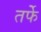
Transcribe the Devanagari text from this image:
तर्फेे